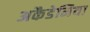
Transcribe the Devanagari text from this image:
अकैडेमिया